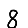
Digit: 8